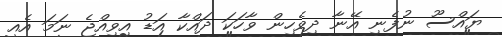
ޔައްސޫ ނުފެނި އޭނާ ދިވެހިން ވާހަކަ ދައްކާ އަޑު އިވިއްޖެ ނަމަ އެއީ